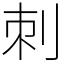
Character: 刺